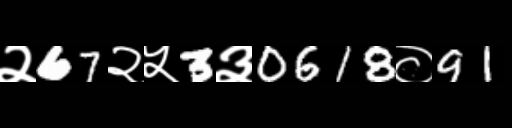
Text: २67२५3३0618०91